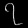
Digit: ၇